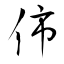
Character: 伂